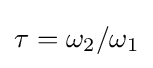
\tau =\omega _{2}/\omega _{1}